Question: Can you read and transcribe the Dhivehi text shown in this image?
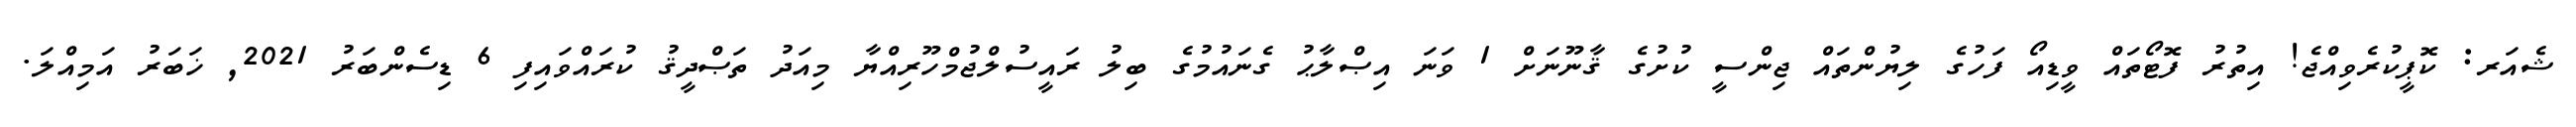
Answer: ޝެއަރ: ކޮޕީކުރެވިއްޖެ! އިތުރު ފޮޓޯތައް ވީޑިއޯ ފަހުގެ ލިޔުންތައް ޖިންސީ ކުށުގެ ޤާނޫނަށް 1 ވަނަ އިޞްލާޙު ގެނައުމުގެ ބިލު ރައީސުލްޖުމްހޫރިއްޔާ މިއަދު ތަޞްދީޤު ކުރައްވައިފި 6 ޑިސެންބަރު 2021, ޚަބަރު އަމިއްލަ.